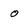
Character: 0